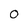
Character: 0